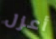
أعزل